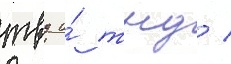
твд и́ тнд /